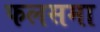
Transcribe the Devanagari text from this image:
फलसमा